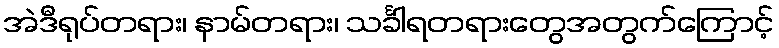
အဲဒီရုပ်တရား၊ နာမ်တရား၊ သင်္ခါရတရားတွေအတွက်ကြောင့်